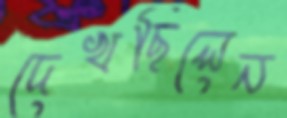
দেখছিলেন